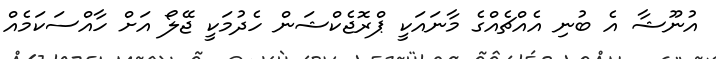
އުނޫޝާ އެ ބުނި އެއްޗެއްގެ މާނައަކީ ޕްރޮޖެކްޝަން ހެދުމަކީ ޖޭލޯ އަށް ހާއްސަކަމެއް